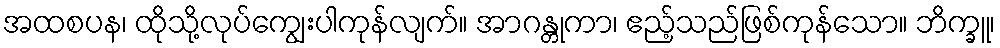
အထစပန၊ ထိုသို့လုပ်ကျွေးပါကုန်လျက်။ အာဂန္တုကာ၊ ဧည့်သည်ဖြစ်ကုန်သော။ ဘိက္ခူ၊